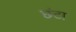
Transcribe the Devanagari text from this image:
छंटा